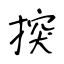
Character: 揬